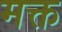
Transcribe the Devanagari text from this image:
मक्त